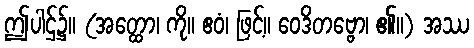
ဤပါဌ်၌။ (အတ္ထော၊ ကို။ ဧဝံ၊ ဖြင့်။ ဝေဒိတဗ္ဗော၊ ၏။) အဿ